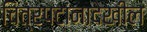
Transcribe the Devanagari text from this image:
चित्रपटांनादेखील